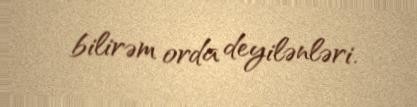
bilirəm orda deyilənləri.